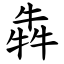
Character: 犇